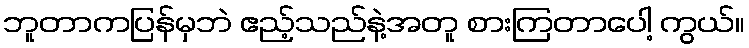
ဘူတာကပြန်မှဘဲ ဧည့်သည်နဲ့အတူ စားကြတာပေါ့ ကွယ်။